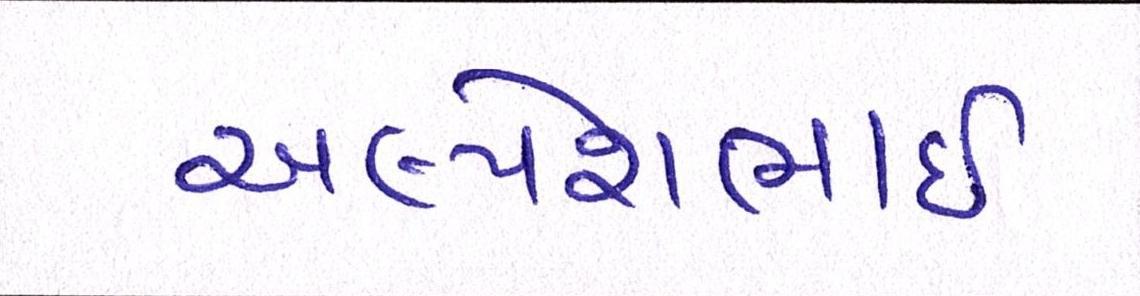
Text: અલ્પેશભાઇ